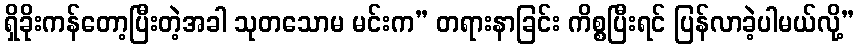
ရှိခိုးကန်တော့ပြီးတဲ့အခါ သုတသောမ မင်းက” တရားနာခြင်း ကိစ္စပြီးရင် ပြန်လာခဲ့ပါမယ်လို့”